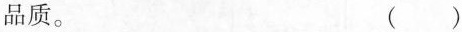
品质。 ()